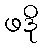
ဖဒို